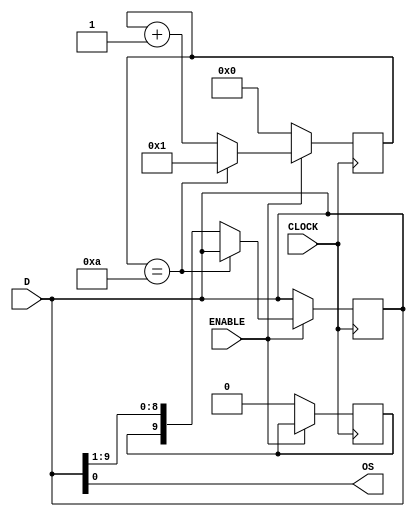

module paraleloserial(CLOCK, ENABLE, D, OS);
	input CLOCK, ENABLE;
	input [9:0] D;
	output OS; 
	reg [9:0] temp1, temp2 ;
	reg [4:0] contador;
	reg IS;
	always @(D) begin
		temp1<=D;
		temp2<=D;
	end
	
	always @(posedge CLOCK) begin
		if ( ENABLE ) begin
			contador <= contador +1;
			temp1 <= {IS, temp1[9:1]};
			if ( contador == 4'b1010) begin
				contador <= 4'b0001;
				if (temp2 == D) begin
					temp1<=D;
				end
			end
		end
		else begin
			contador = 4'b0000;
			IS = 1'b0;
		end
	end
	
	assign OS = temp1[0];

endmodule